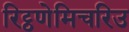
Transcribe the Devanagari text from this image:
रिट्ठणेमिचरिउ